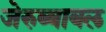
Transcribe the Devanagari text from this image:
जेरुब्बाबल